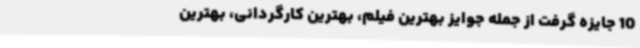
10 جایزه گرفت از جمله جوایز بهترین فیلم، بهترین کارگردانی، بهترین